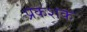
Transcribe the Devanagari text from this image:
प्रकशक